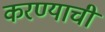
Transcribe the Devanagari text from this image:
करण्याची